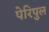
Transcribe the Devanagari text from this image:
पेरिपुल